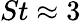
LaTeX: St\approx 3